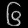
Digit: ၆